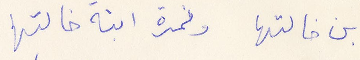
ابن خالتها ونمرة ابنة خالتها